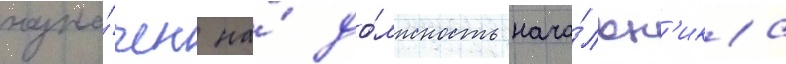
назна́чен на́ до́лжность нача́льн'ика